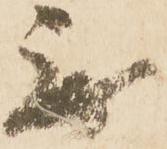
無